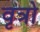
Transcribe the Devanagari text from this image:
वृत्रो